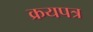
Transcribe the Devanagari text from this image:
क्रयपत्र